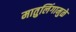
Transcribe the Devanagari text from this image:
मातुलिंगामुळे